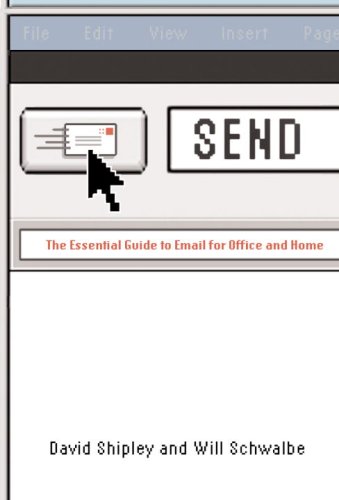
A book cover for Send: The Essential Guide to Email for Office and Home; David Shipley; Computers & Technology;